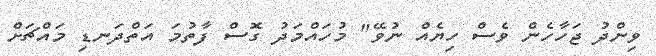
ވިންދު ޖަހާހެން ވެސް ހިޔެއް ނުވޭ" މުހައްމަދު ގޮސް ފާތުމަ އަތްދަނޑި މައްޗަށް